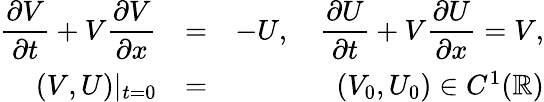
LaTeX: \begin{array}{rlr}{\displaystyle{\frac{\partial V}{\partial t}}+V\displaystyle{\frac{\partial V}{\partial x}}}&{=}&{-U,\quad\displaystyle{\frac{\partial U}{\partial t}}+V\displaystyle{\frac{\partial U}{\partial x}}=V,}\\ {(V,U)|_{t=0}}&{=}&{(V_{0},U_{0})\in C^{1}({\mathbb R})}\end{array}